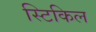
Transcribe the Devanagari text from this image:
स्टिकिल